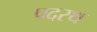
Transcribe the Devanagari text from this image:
पदरथ